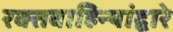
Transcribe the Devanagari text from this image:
रक्तवाहिन्यांद्वारे